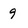
Character: 9